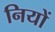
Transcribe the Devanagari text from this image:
नियों